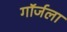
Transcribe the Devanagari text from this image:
गॉर्जला